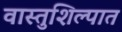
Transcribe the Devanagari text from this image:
वास्तुशिल्पात